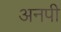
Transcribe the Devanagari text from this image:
अनपी